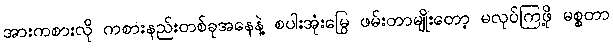
အားကစားလို ကစားနည်းတစ်ခုအနေနဲ့ စပါးအုံးမြွေ ဖမ်းတာမျိုးတော့ မလုပ်ကြဖို့ မစ္စတာ